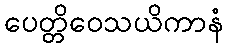
ပေတ္တိဝေသယိကာနံ